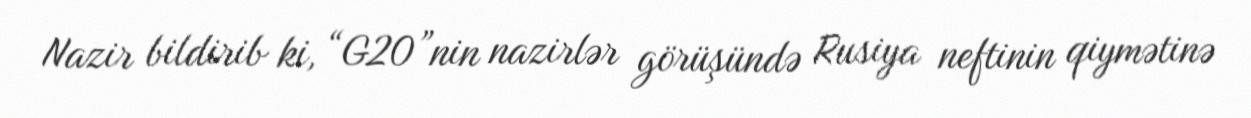
Nazir bildirib ki, “G20”nin nazirlər görüşündə Rusiya neftinin qiymətinə